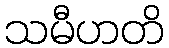
သမီဟတိ